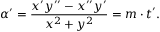
\alpha ^ { \prime } = \frac { x ^ { \prime } y ^ { \prime \prime } - x ^ { \prime \prime } y ^ { \prime } } { x ^ { 2 } + y ^ { 2 } } = \boldsymbol { m } \cdot \boldsymbol { t } ^ { \prime } .